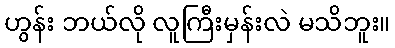
ဟွန်း ဘယ်လို လူကြီးမှန်းလဲ မသိဘူး။